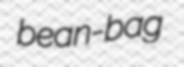
bean-bag